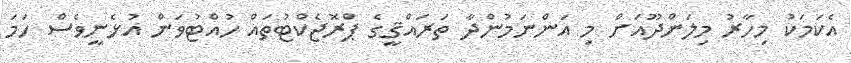
އެކަމަކު މިހާރު މިލަންދޫއަށް މި އަންނަމުންދާ ތަރައްޤީގެ ޕްރޮޖެކްޓުތައް ހުއްޓުވަން އުޅެނީވެސް ހަމަ